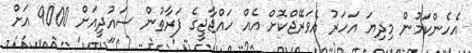
އެހެންކަމުން މިދިޔަ އަހަރު އެވަރޭޖްކޮށް އެއް ހައްޖާޖީގެ ފަރާތުން ސައުދީއަށް 9000 އަށް